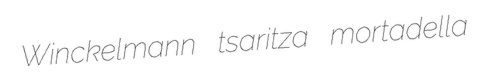
Winckelmann tsaritza mortadella